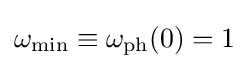
\omega _{\text{min}}\equiv \omega _{\text{ph}}(0)=1